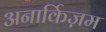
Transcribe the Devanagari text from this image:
अनार्किज़म